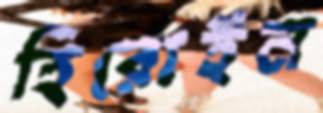
হিরোইন